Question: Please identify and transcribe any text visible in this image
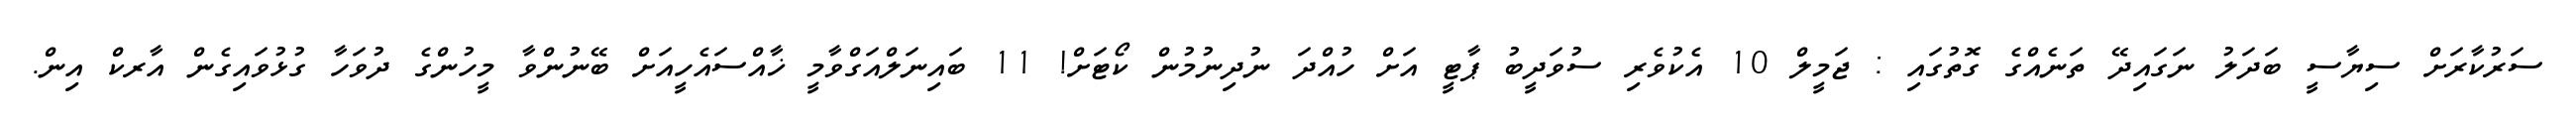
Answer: ސަރުކާރަށް ސިޔާސީ ބަދަލު ނަގައިދޭ ތަނެއްގެ ގޮތުގައި : ޖަމީލް 10 އެކުވެރި ސުވަދީބު ޕާޓީ އަށް ހުއްދަ ނުދިނުމުން ކޯޓަށް! 11 ބައިނަލްއަގްވާމީ ޚާއްސައެހީއަށް ބޭނުންވާ މީހުންގެ ދުވަހާ ގުޅުވައިގެން އާރކް އިން.